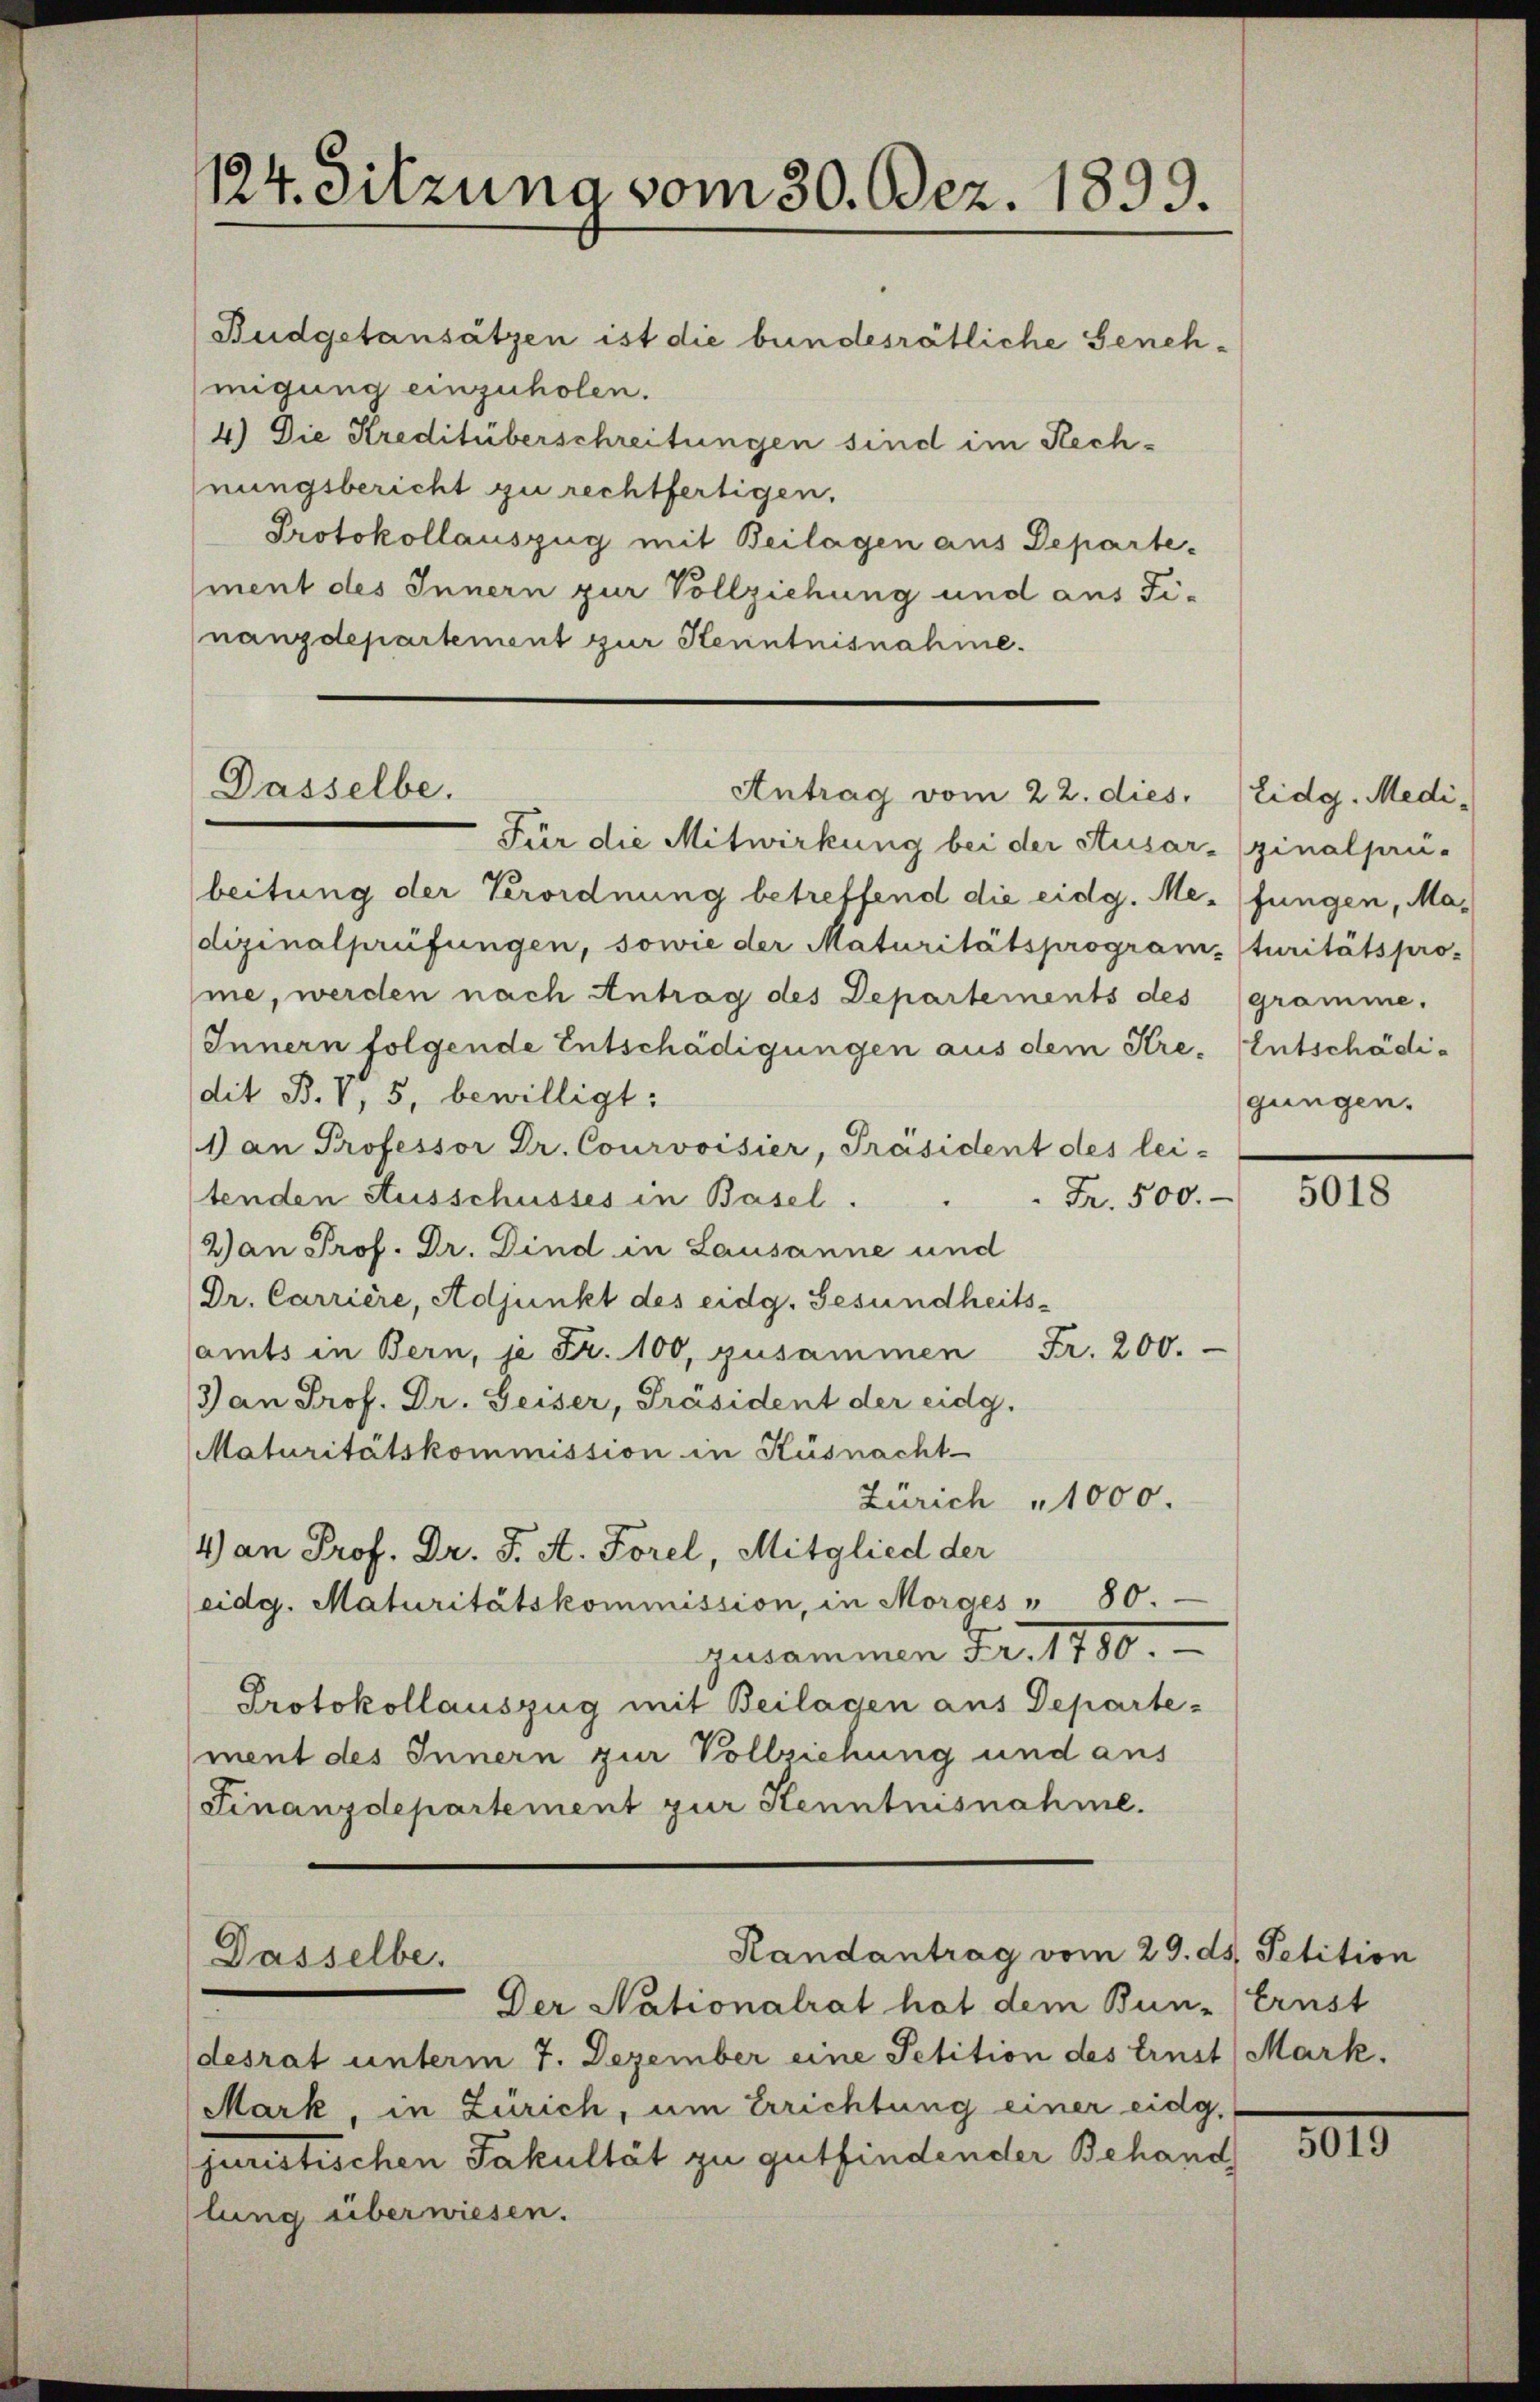
124. Sitzuna vom 30. Dez. 1899.

Budgetansätzen ist die bundesrätliche Genehmigung einzuholen.
4.) Die Kreditüberschreitungen sind im Rechnungsbericht zu rechtfertigen.
Protokollauszug mit Beilagen aus Departement des Innern zur Vollziehung und aus Fi-
nanzdepartement zur Kenntnisnahme.

Für die Mitwirkung bei der Ausar- (ginalprü-
beitung der Verordnung betreffend die eidg. Me.(fungen, Madizinalprüfungen, sowie der Maturitätsprogram-turitätspro-
me, werden nach Antrag des Departements des
Innern folgende Entschädigungen aus dem Kre- Entschädidit. B. V, 5, bewilligt:
I an Professor Dr. Courvoisier, Präsident des lei-
Fr. 500.
tenden Ausschusses in Basel.
2) an Prof. Dr. Dind in Lausanne und
Dr. Carrière, Adjunkt des eidg. Gesundheits-
amts in Bern, je Fr. 100, zusammen Fr. 200.
Jan Prof. Dr. Geiser, Präsident der eidg.
Maturitätskommission in Küsnacht-
Zürich 1000.
4) an Prof. Dr. J. A. Forel, Mitglied der
(eidg. Maturitätskommission, in Morges " 80.
zusammen Fr. 1780.
Protokollauszug mit Beilagen aus Departement des Innern zur Vollziehung und aus
(Finanzdepartement zur Kenntnisnahme.

Dasselbe.
Antrag vom 22. dies

Randantrag vom 29. ds. Petition
Dasselbe.

Der Nationalrat hat dem Bun-Ernst
desrat unterm 7. Dezember eine Petition des Ernst Mark¬
Mark, in Zürich, um Errichtung einer eidg.
juristischen Fakultät zu gutfindender Behand
lung überwiesen.

5018

Eidg. Medigramme.
gungen.

1010